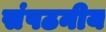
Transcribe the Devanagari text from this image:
संपठनीय